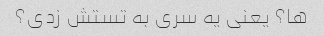
ها؟ یعنی یه سری به تستش زدی؟